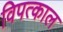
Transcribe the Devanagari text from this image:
विपत्काल